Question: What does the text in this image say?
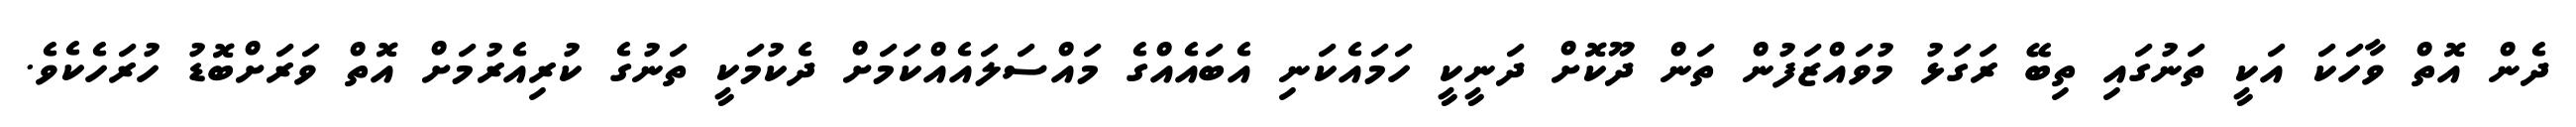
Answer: ދެން އޮތް ވާހަކަ އަކީ ތަނުގައި ތިބޭ ރަގަޅު މުވައްޒަފުން ތަން ދޫކޮށް ދަނީކީ ހަމައެކަނި އެބައެއްގެ މައްސަލައެއްކަމަށް ދެކުމަކީ ތަނުގެ ކުރިއެރުމަށް އޮތް ވަރަށްބޮޑު ހުރަހެކެވެ.